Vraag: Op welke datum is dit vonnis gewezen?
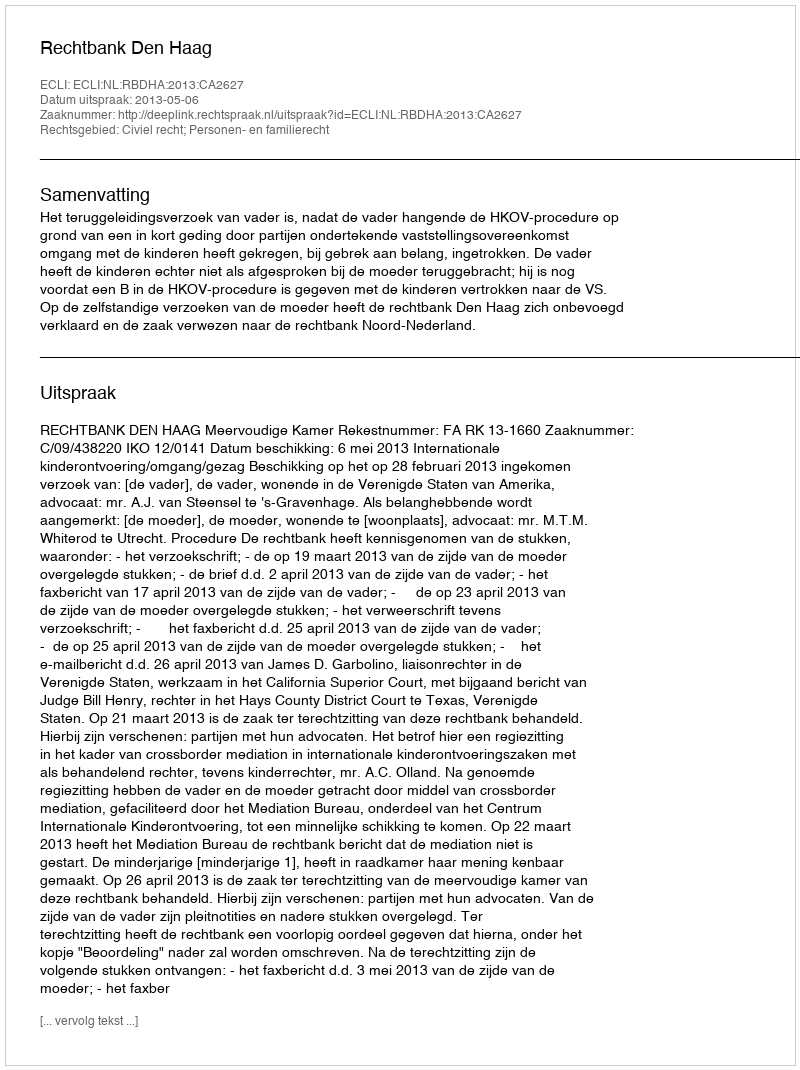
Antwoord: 2013-05-06